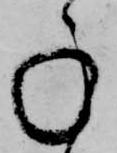
承